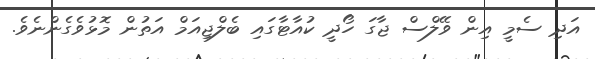
އަދި ސެމީ އިން ވޭލްސް ޖާގަ ހޯދީ ކުއާޓާގައި ބެލްޖިއަމް އަތުން މޮޅުވެގެންނެވެ.